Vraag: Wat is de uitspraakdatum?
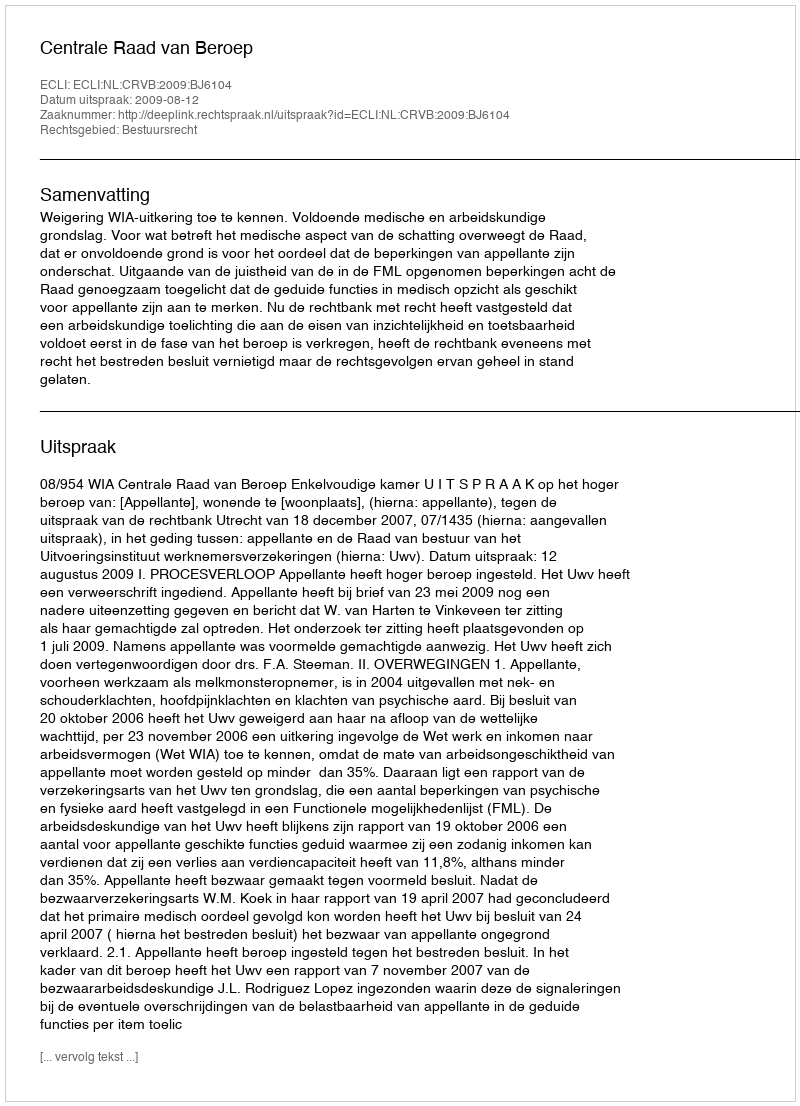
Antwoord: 2009-08-12